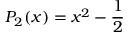
P _ { 2 } ( x ) = x ^ { 2 } - \frac { 1 } { 2 }